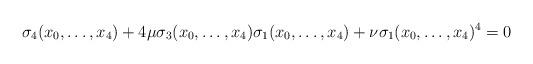
LaTeX: \begin{align*}\sigma_4(x_0,\ldots,x_4)+4\mu \sigma_3(x_0,\ldots,x_4)\sigma_1(x_0,\ldots,x_4)+\nu \sigma_1(x_0,\ldots,x_4)^4=0\end{align*}